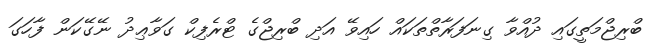
ބްރިޖްމަތީގައި ދުއްވާ ގިނަފަރާތްތަކައް ހައިވޭ އަދި ބްރިޖްގެ ޓްރެފިކް ގަވާޢިދު ނޭގޭކަން ފާހަގަ